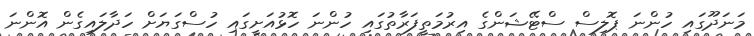
މަނަދޫގައި ހުންނަ ޕޮލިސް ސްޓޭޝަންގެ އިރުމަތީފަރާތުގައި ހުންނަ ހޮޅުއަށީގައި ހުސްގަޔަށް ހަދާލައިގެން އޮންނަ